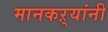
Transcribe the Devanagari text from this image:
मानकऱ्यांनी